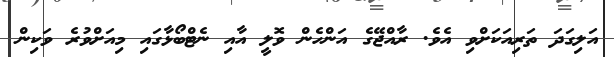
އަލިގަދަ ތަރިއަކަށްވި އެވެ. ރާއްޖޭގެ އަންހެން ވޮލީ އާއި ނެޓްބޯޅާގައި މިއަށްވުރެ ވަކިން